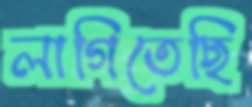
লাগিতেছি